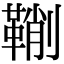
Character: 鞩